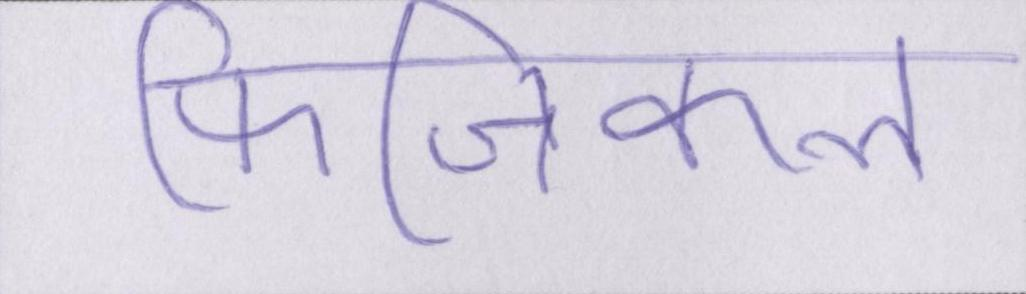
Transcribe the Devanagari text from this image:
फिजिकल